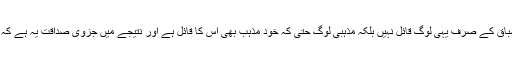
لیکن اس میں غلطی یہ تسلیم نہ کرنا ہے کہ ان سے اخلاقی اسباق کے صرف یہی لوگ قائل نہیں بلکہ مذہبی لوگ حتیٰ کہ خود مذہب بھی اس کا قائل ہے اور نتیجے میں جزوی صداقت یہ ہے کہ مذکورہ اشیا یا ان میں سے بعض اخلاقیات کی تنہا بنیاد نہیں۔